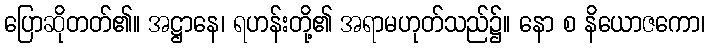
ပြောဆိုတတ်၏။ အဋ္ဌာနေ၊ ရဟန်းတို့၏ အရာမဟုတ်သည်၌။ နော စ နိယောဇကော၊